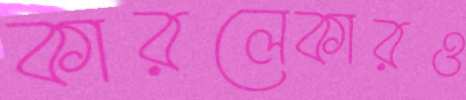
কারলেকারও